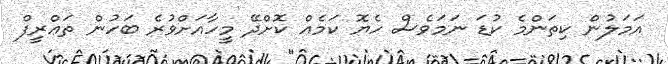
އަމަލުން ކިތަންމެ ކުޑަ ނަމަވެސް ހެޔޮ ކަމެއް ކޮށްދޭ މީހާއަށްވުރެ ބަހުން ތަޢްރީފް